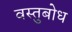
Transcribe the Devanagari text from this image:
वस्तुबोध